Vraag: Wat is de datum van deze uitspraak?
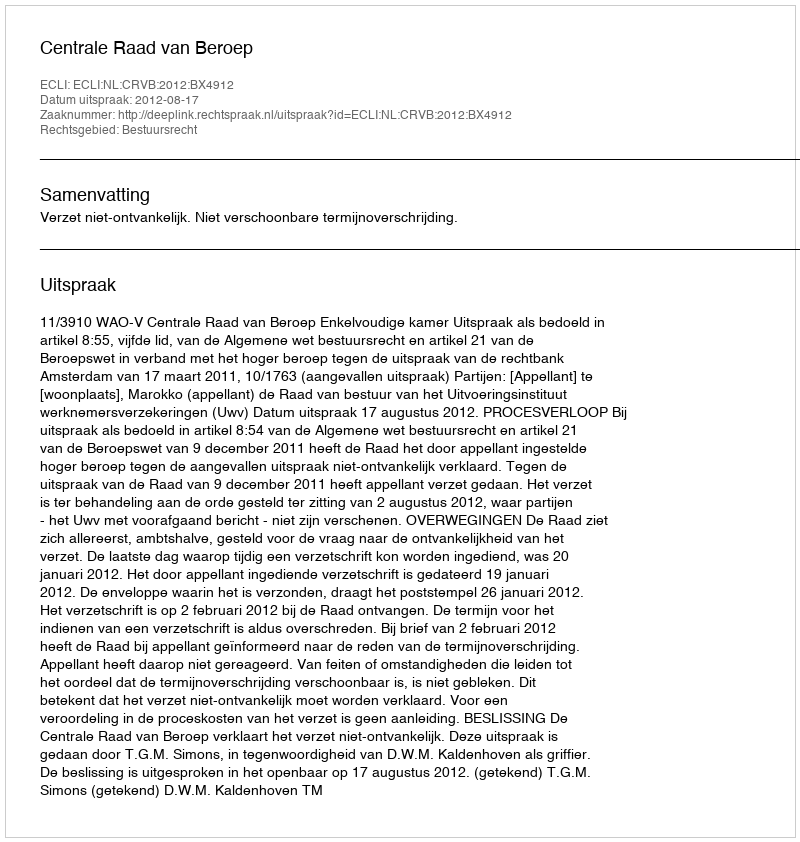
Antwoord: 2012-08-17